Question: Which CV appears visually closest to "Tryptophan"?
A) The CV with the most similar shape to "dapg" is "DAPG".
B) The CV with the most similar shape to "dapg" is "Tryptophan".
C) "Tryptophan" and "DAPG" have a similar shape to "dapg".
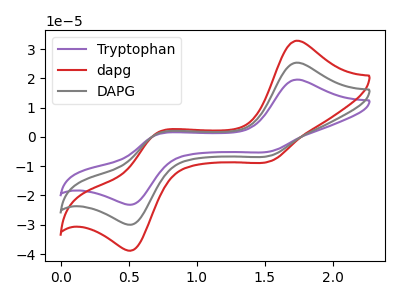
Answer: <think>The purple curve "Tryptophan" has anodic peaks at (1.75V, 50.70uA) (0.70V, 2.25uA) and cathodic peaks at (1.55V, -12.85uA) (0.55V, -59.50uA). The red curve "dapg" has anodic peaks at (1.75V, 32.85uA) (0.70V, 1.45uA) and cathodic peaks at (1.55V, -8.30uA) (0.55V, -38.50uA). The gray curve "DAPG" has anodic peaks at (1.75V, 25.35uA) (0.70V, 1.10uA) and cathodic peaks at (1.55V, -6.40uA) (0.55V, -29.75uA).
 All the peaks in "Tryptophan" have a peak in "dapg" at the same potential. Every peak in "Tryptophan" is higher than every peak in "dapg". All the peaks in "Tryptophan" have a peak in "DAPG" at the same potential. Every peak in "Tryptophan" is higher than every peak in "DAPG". All the peaks in "dapg" have a peak in "DAPG" at the same potential. Every peak in "dapg" is higher than every peak in "DAPG".</think>
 <answer>C) "Tryptophan" and "DAPG" have a similar shape to "dapg".</answer>
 <eval>C</eval>